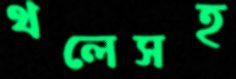
থলেসহ